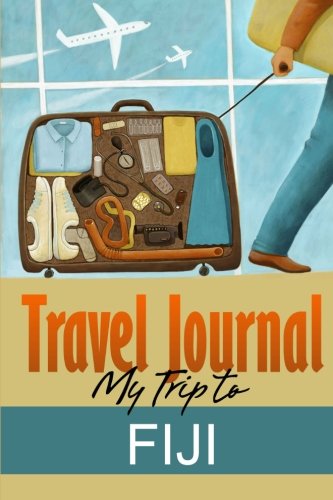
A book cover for Travel Journal: My Trip to Fiji; Travel Diary; Travel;